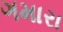
ગમારા